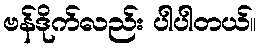
ဗန်ဒိုက်လည်း ပါပါတယ်။